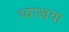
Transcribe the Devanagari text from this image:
व्याखया